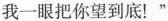
我一眼把你望到底！”